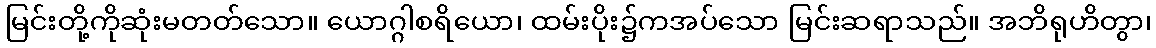
မြင်းတို့ကိုဆုံးမတတ်သော။ ယောဂ္ဂါစရိယော၊ ထမ်းပိုး၌ကအပ်သော မြင်းဆရာသည်။ အဘိရုဟိတွာ၊